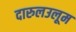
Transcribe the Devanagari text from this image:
दारुलउलूम